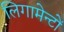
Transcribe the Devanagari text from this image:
लिगामेन्टों